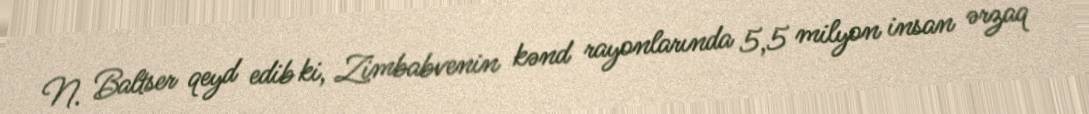
N. Baltser qeyd edib ki, Zimbabvenin kənd rayonlarında 5,5 milyon insan ərzaq